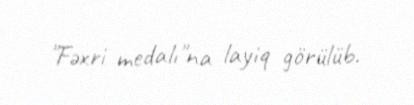
"Fəxri medalı"na layiq görülüb.